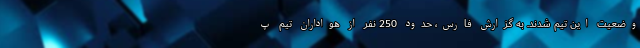
وضعیت این تیم شدند. به گزارش فارس، حدود 250 نفر از هواداران تیم پ